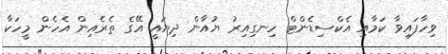
ވިހާފައިވާ ކަމާއި އެކްސިޑެންޓް ހިނގިއިރު ޔުއާން ދިޔައީ އޭގެ ތެރެއިން އެހެން މީހަކާ